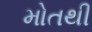
મોતથી